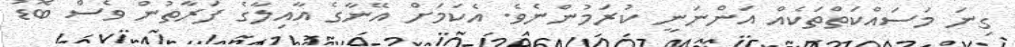
ގިނަ މަސައްކަތްތަކެއް އަންނަނީ ކުރަމުންނެވެ. އެކަމަށް އޭނާގެ އާއިލާގެ ފަރާތުން ވެސް ބޮޑު